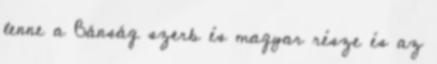
lenne a Bánság szerb és magyar része és az